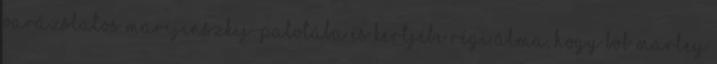
varázslatos Marijinszkij-palotába és kertjébe Régi álma, hogy Bob Marley